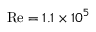
\mathrm { R e } = 1 . 1 \times 1 0 ^ { 5 }